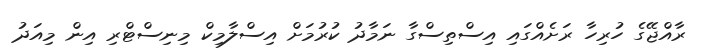
ރާއްޖޭގެ ހުރިހާ ރަށެއްގައި އިސްތިސްގާ ނަމާދު ކުރުމަށް އިސްލާމިކް މިނިސްޓްރި އިން މިއަދު